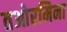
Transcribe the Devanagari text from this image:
तओरमिना